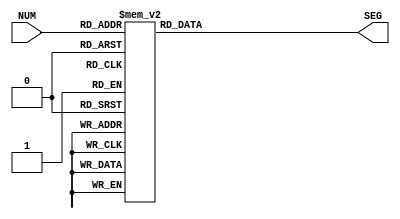
`timescale 1ns / 1ps
//////////////////////////////////////////////////////////////////////////////////
// Company:
// Engineer:
//
// Design Name:
// Module Name:    bcd_to_7_behavior
// Project Name:
// Target Devices:
// Tool versions:
// Description:
//
// Dependencies:
//
// Revision:
// Revision 0.01 - File Created
// Additional Comments:
//
//////////////////////////////////////////////////////////////////////////////////
module bcd_to_7_behavior(
    input [3:0] NUM,
    output [6:0] SEG
    );
	 
	wire [3:0] in;
	assign in = NUM;

	reg [6:0] out;
	assign SEG = out;

	always @(in) begin
		case (in)
			4'b0000: out = 7'b1111110;
			4'b0001: out = 7'b0110000;
			4'b0010: out = 7'b1101101;
			4'b0011: out = 7'b1111001;
			4'b0100: out = 7'b0110011;
			4'b0101: out = 7'b1011011;
			4'b0110: out = 7'b1011111;
			4'b0111: out = 7'b1110010;
			4'b1000: out = 7'b1111111;
			4'b1001: out = 7'b1111011;
			default:
				out = 7'b0000000;
		endcase
	end


endmodule